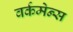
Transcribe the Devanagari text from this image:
वर्कमेन्स